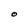
Character: O